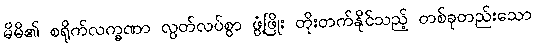
မိမိ၏ စရိုက်လက္ခဏာ လွတ်လပ်စွာ ဖွံ့ဖြိုး တိုးတက်နိုင်သည့် တစ်ခုတည်းသော